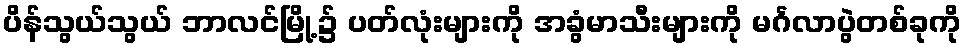
ပိန်သွယ်သွယ် ဘာလင်မြို့၌ ပတ်လုံးများကို အခွံမာသီးများကို မင်္ဂလာပွဲတစ်ခုကို